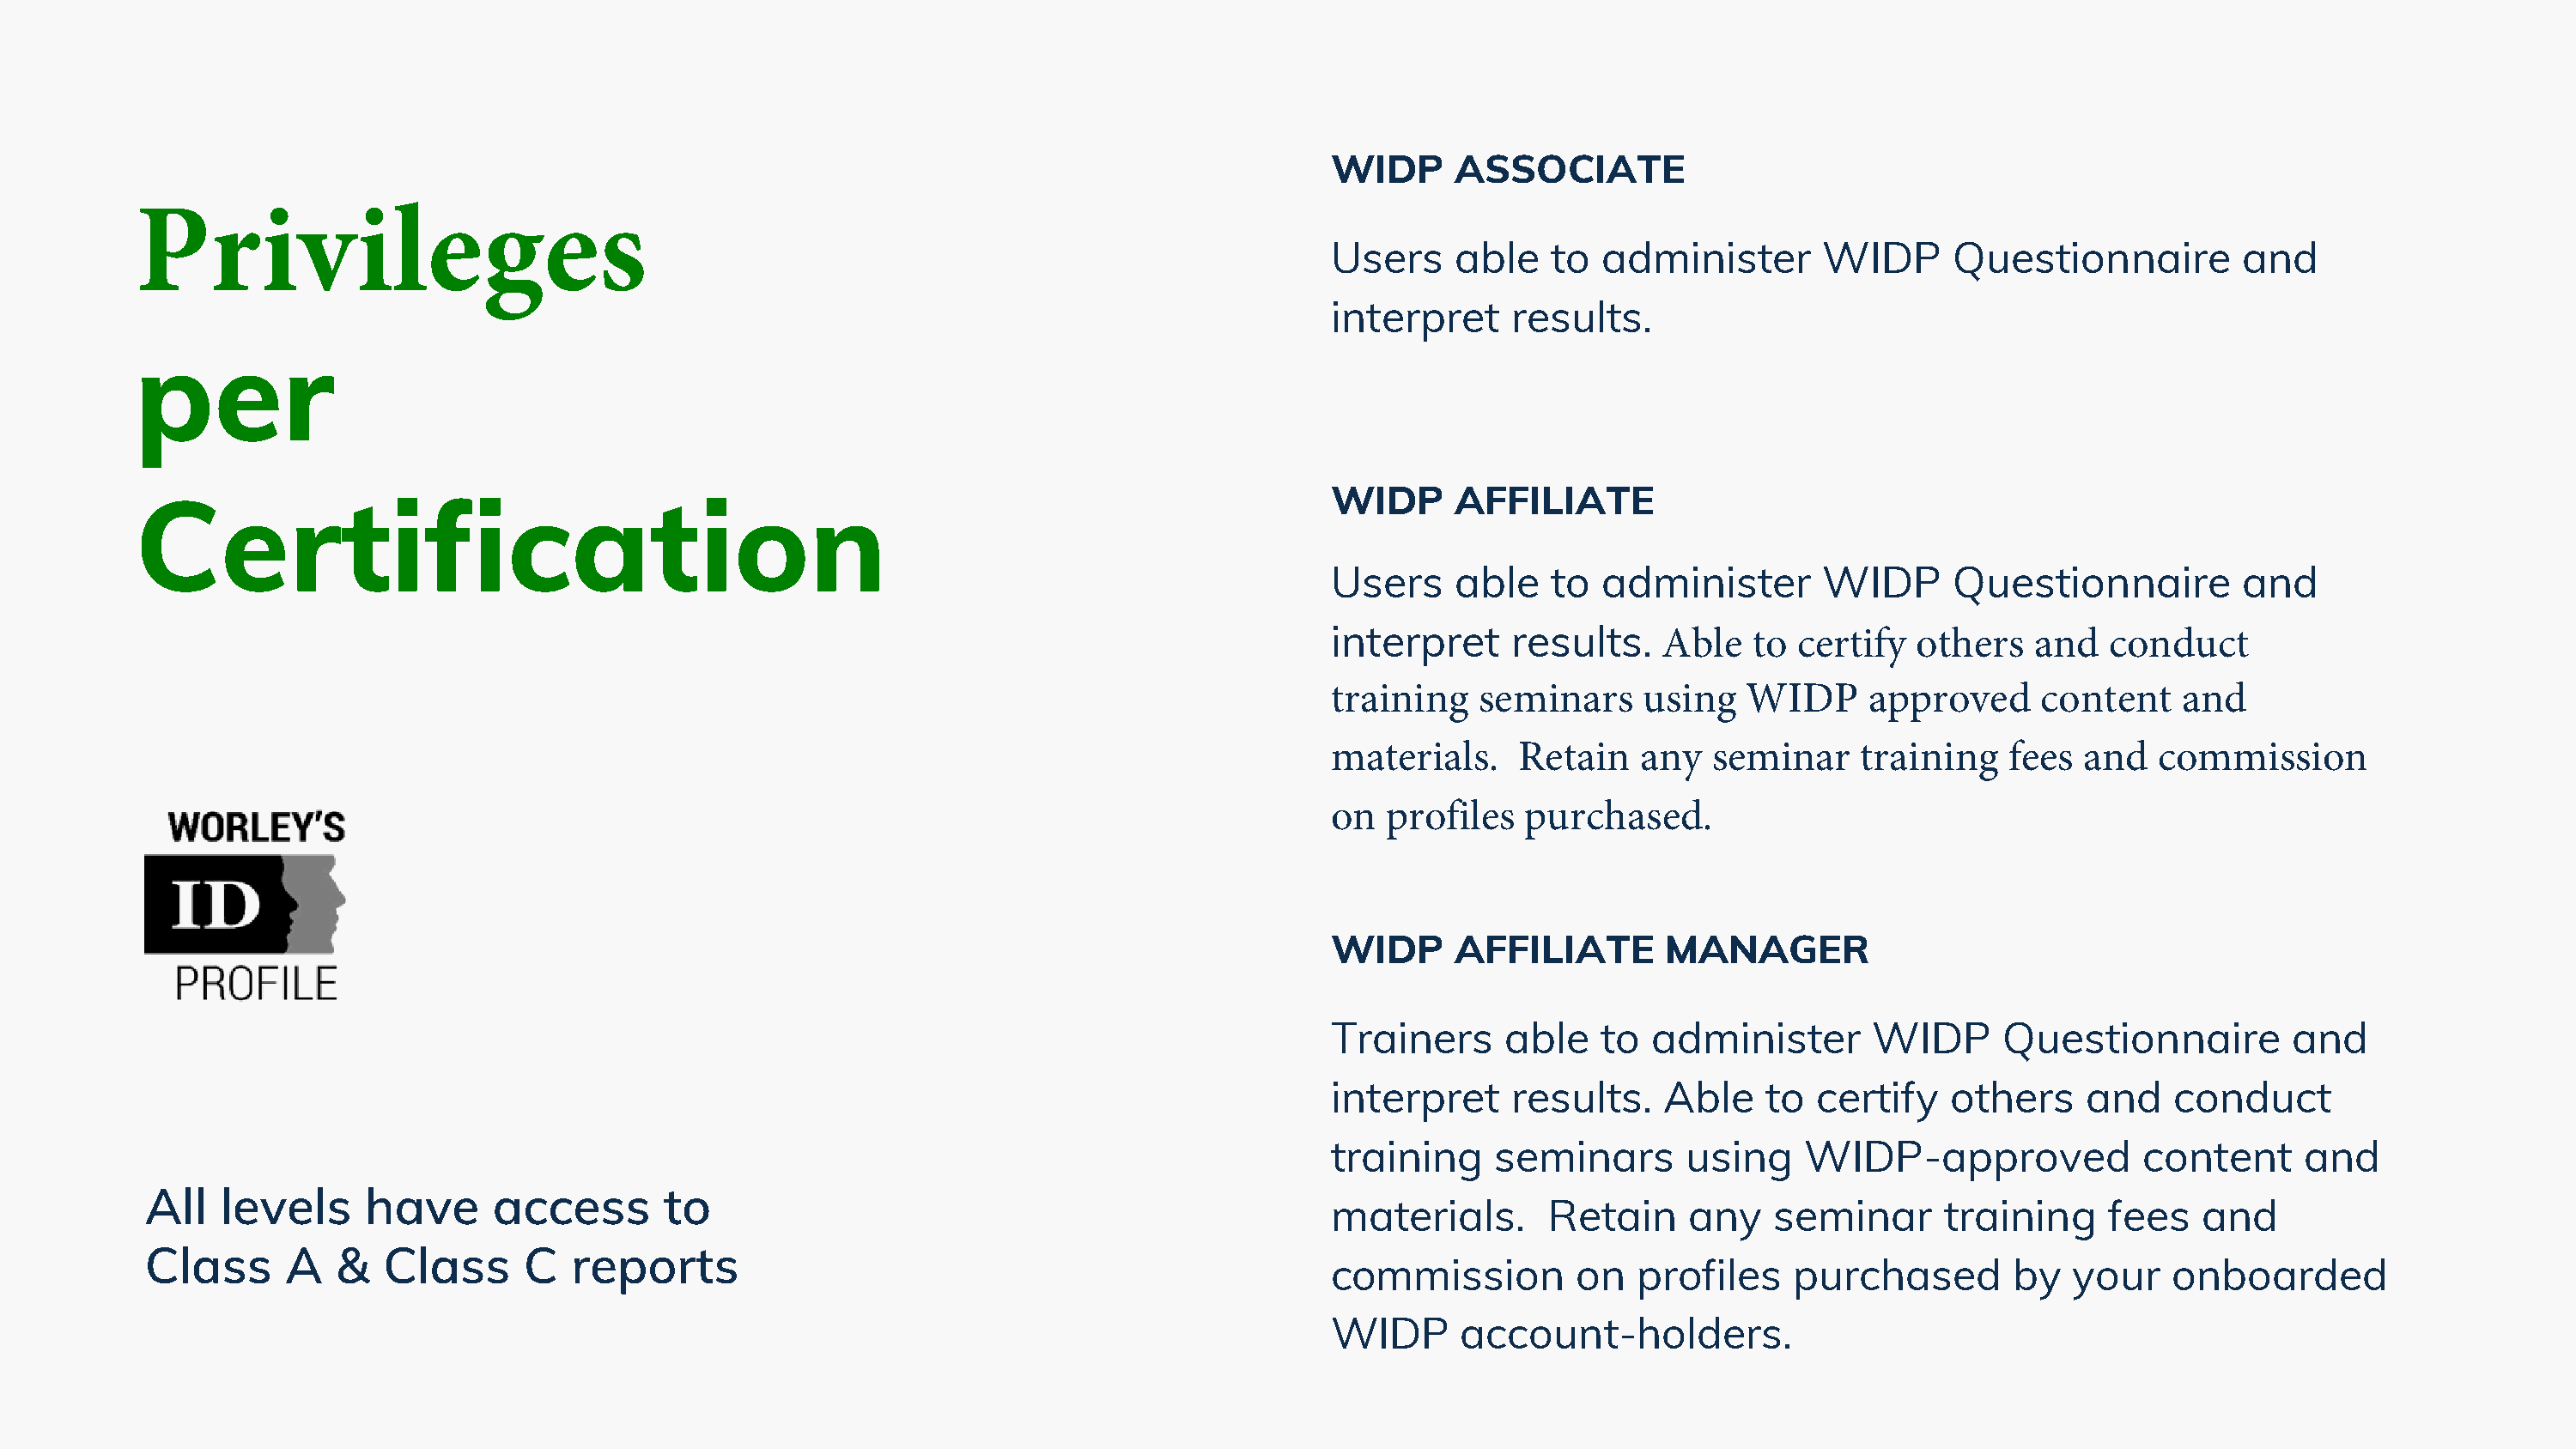
WIDP     ASSOCIATE
 Privileges
 Users    able    to  administer       WIDP      Questionnaire         and
 interpret     results.
 per
 WIDP     AFFILIATE
 Certification
 Users    able    to  administer       WIDP      Questionnaire         and
 interpret     results.   Able   to  certify  others   and   conduct
 training   seminars     using   WIDP     approved     content    and
 materials.    Retain   any   seminar    training    fees  and  commission
 on  profiles   purchased.
 WIDP     AFFILIATE       MANAGER
 Trainers     able   to  administer       WIDP      Questionnaire          and
 interpret     results.   Able    to  certify   others     and    conduct
 training    seminars       using    WIDP-approved             content      and
 All   levels     have      access       to
 materials.      Retain     any    seminar      training     fees   and
 Class      A   &   Class     C   reports
 commission         on  profiles    purchased        by   your   onboarded
 WIDP      account-holders.